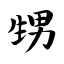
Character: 甥